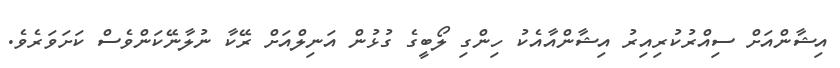
އިޝާންއަށް ސިއްރުކުރިއިރު އިޝާންއާއެކު ހިންގި ލޯބީގެ ގުޅުން އަނިލްއަށް ރޭކާ ނުލާނޭކަންވެސް ކަށަވަރެވެ.